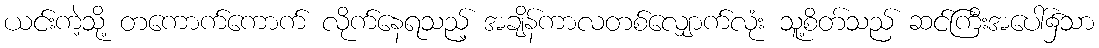
ယင်းကဲ့သို့ တကောက်ကောက် လိုက်နေရသည့် အချိန်ကာလတစ်လျှောက်လုံး သူ့စိတ်သည် ဆင်ကြီးအပေါ်၌သာ